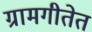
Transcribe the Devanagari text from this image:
ग्रामगीतेत